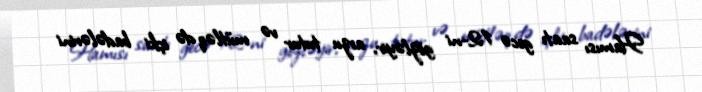
Hamısı saatı gecə 12-ni gözləyir, arzu tutur və mütləq də içki badələrini